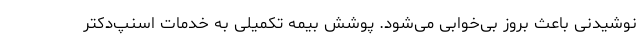
نوشیدنی باعث بروز بی‌خوابی می‌شود. پوشش بیمه تکمیلی به خدمات اسنپ‌دکتر